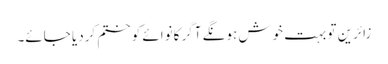
زائرین تو بہت خوش ہونگے آگر کانوائے کو ختم کردیا جائے۔